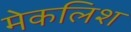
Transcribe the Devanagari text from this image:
मेकलिश